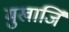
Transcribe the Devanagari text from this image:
मुखार्जि